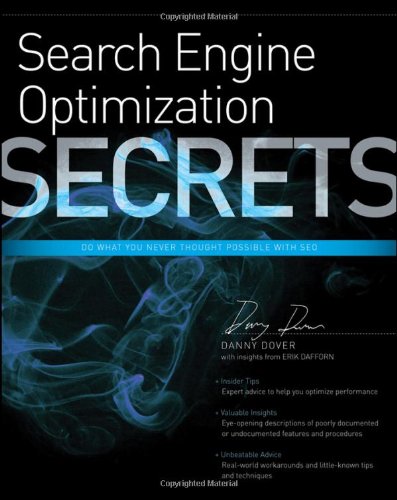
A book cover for Search Engine Optimization (SEO) Secrets; Danny Dover; Computers & Technology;